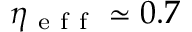
\eta _ { \mathrm { ~ e ~ f ~ f ~ } } \simeq 0 . 7